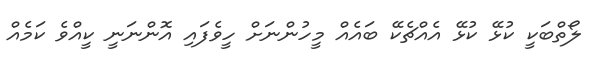
ލޯތްބަކީ ކުޅޭ ކުޅޭ އެއްޗެކޭ ބައެއް މީހުންނަށް ހީވެފައި އޮންނަނީ ކީއްވެ ކަމެއް